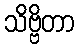
သိဗ္ဗိတာ